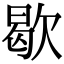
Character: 歇